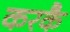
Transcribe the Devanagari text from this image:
करकै